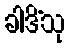
ခါဒိံသု